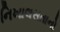
નિખાલસતાનો